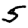
Digit: 5